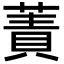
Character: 蔶